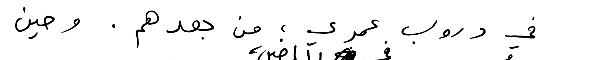
في دروب عمري؛ من بعدهم. وحين